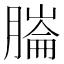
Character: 𦟹